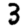
Digit: 3